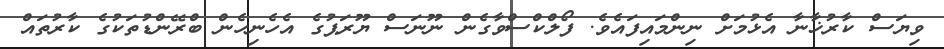
ވިޔަސް ކާރުޚާނާ އެޅުމަށް ނިންމައިފައެވެ. ފޯލްކްސްވާގެން ނޫނަސް ޔޫރަޕުގެ އެހެނިހެން ބްރޭންޑުތަކުގެ ކާރުތައް